Indian journal of veterinary science and animal husbandry - Volume 4,
Year: 1934
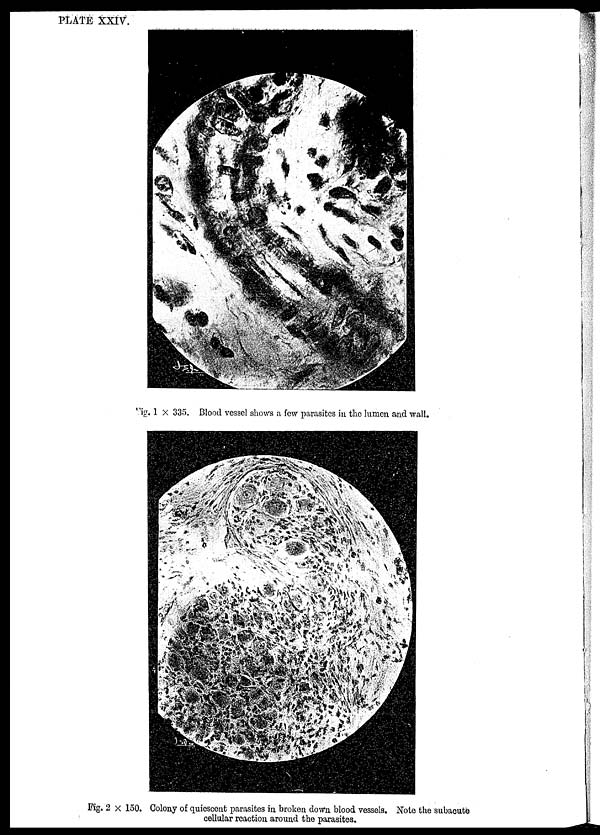
PLATE XXIV.
Fig. 1 × 335. Blood vessel shows a few parasites in the lumen and wall.
Fig. 2 × 150. Colony of quiescent parasites in broken down blood vessels. Note the subacute
cellular reaction around the parasites.